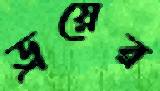
ড্রয়ের